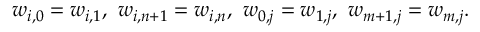
w _ { i , 0 } = w _ { i , 1 } , \ w _ { i , n + 1 } = w _ { i , n } , \ w _ { 0 , j } = w _ { 1 , j } , \ w _ { m + 1 , j } = w _ { m , j } .